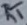
Text: RT